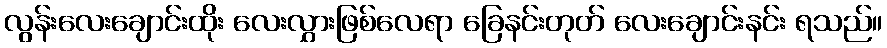
လွန်းလေးချောင်းထိုး လေးလွှားဖြစ်လေရာ ခြေနင်းတုတ် လေးချောင်းနင်း ရသည်။